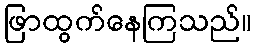
ဖြာထွက်နေကြသည်။